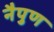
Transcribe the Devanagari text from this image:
नैपुण